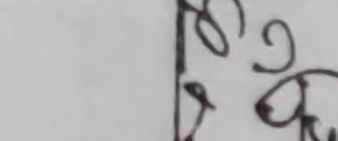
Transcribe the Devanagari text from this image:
यो